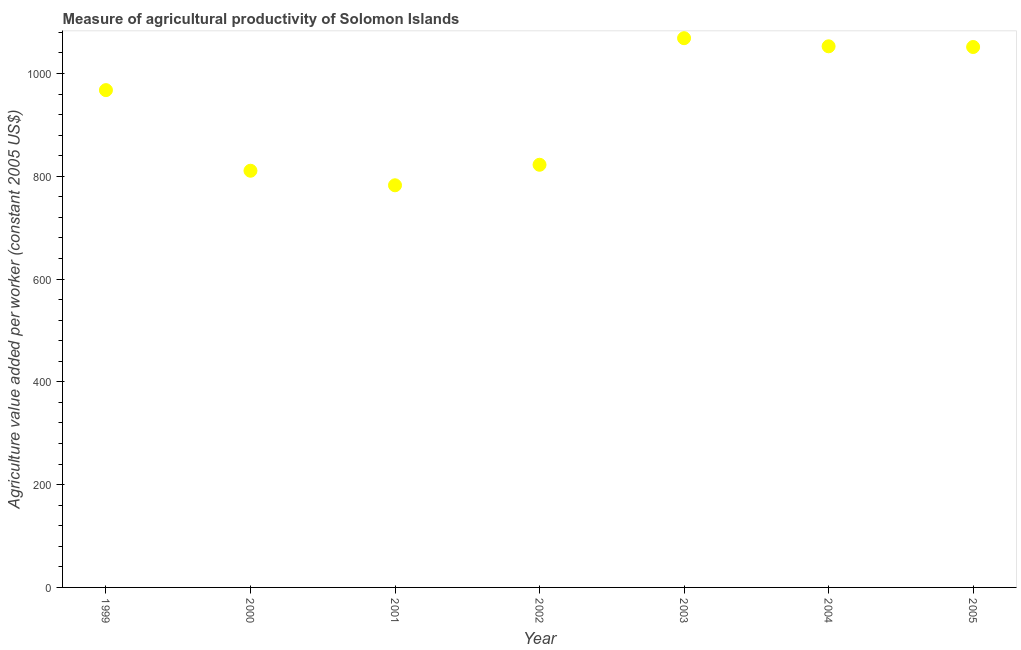
| Year | Agriculture value added per worker |
 | --- | --- |
 | 1999 | 968 |
 | 2000 | 811 |
 | 2001 | 782 |
 | 2002 | 822 |
 | 2003 | 1.07e+03 |
 | 2004 | 1.05e+03 |
 | 2005 | 1.05e+03 |